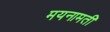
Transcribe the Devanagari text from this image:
मयनामती